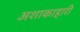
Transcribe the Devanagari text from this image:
अशाकाहारी